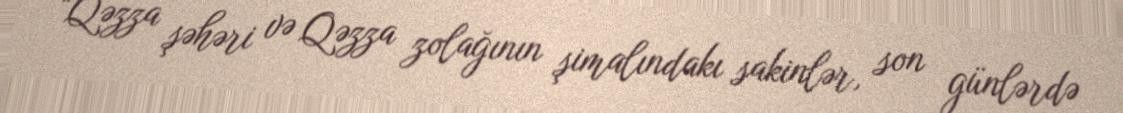
“Qəzza şəhəri və Qəzza zolağının şimalındakı sakinlər, son günlərdə